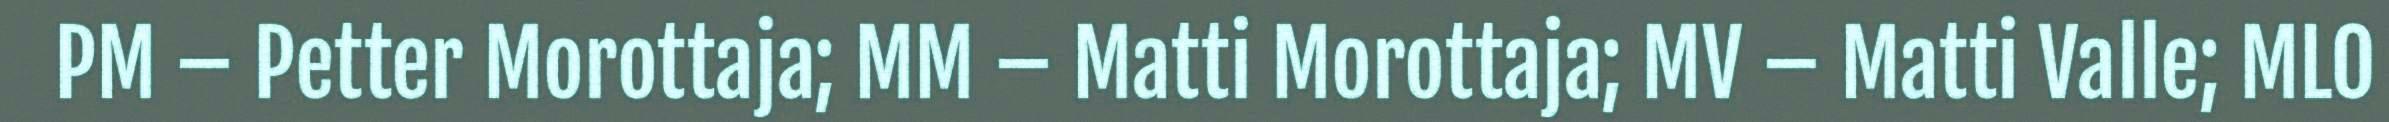
PM – Petter Morottaja; MM – Matti Morottaja; MV – Matti Valle; MLO